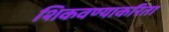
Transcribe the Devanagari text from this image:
शिकवण्याकरिता